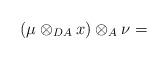
LaTeX: \begin{align*}(\mu \otimes _{DA} x)\otimes _A \nu =\end{align*}